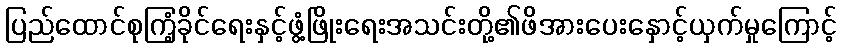
ပြည်ထောင်စုကြံ့ခိုင်ရေးနှင့်ဖွံ့ဖြိုးရေးအသင်းတို့၏ဖိအားပေးနှောင့်ယှက်မှုကြောင့်